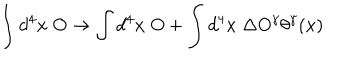
LaTeX: \int d ^ { 4 } x \; O \rightarrow \int d ^ { 4 } x \; O + \int d ^ { 4 } x \; \Delta O ^ { \gamma } \theta ^ { \gamma } ( x )